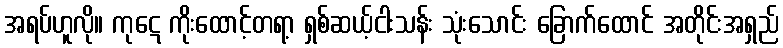
အရပ်ဟူလို။ ကုဋေ ကိုးထောင့်တရာ့ ရှစ်ဆယ့်ငါးသန်း သုံးသောင်း ခြောက်ထောင် အတိုင်းအရှည်